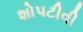
શોપટીવી